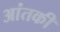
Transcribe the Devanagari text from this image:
आंतकी